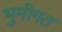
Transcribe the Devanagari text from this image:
भुमीगत